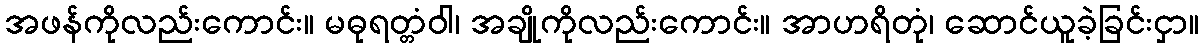
အဖန်ကိုလည်းကောင်း။ မဓုရတ္တံဝါ၊ အချိုကိုလည်းကောင်း။ အာဟရိတုံ၊ ဆောင်ယူခဲ့ခြင်းငှာ။